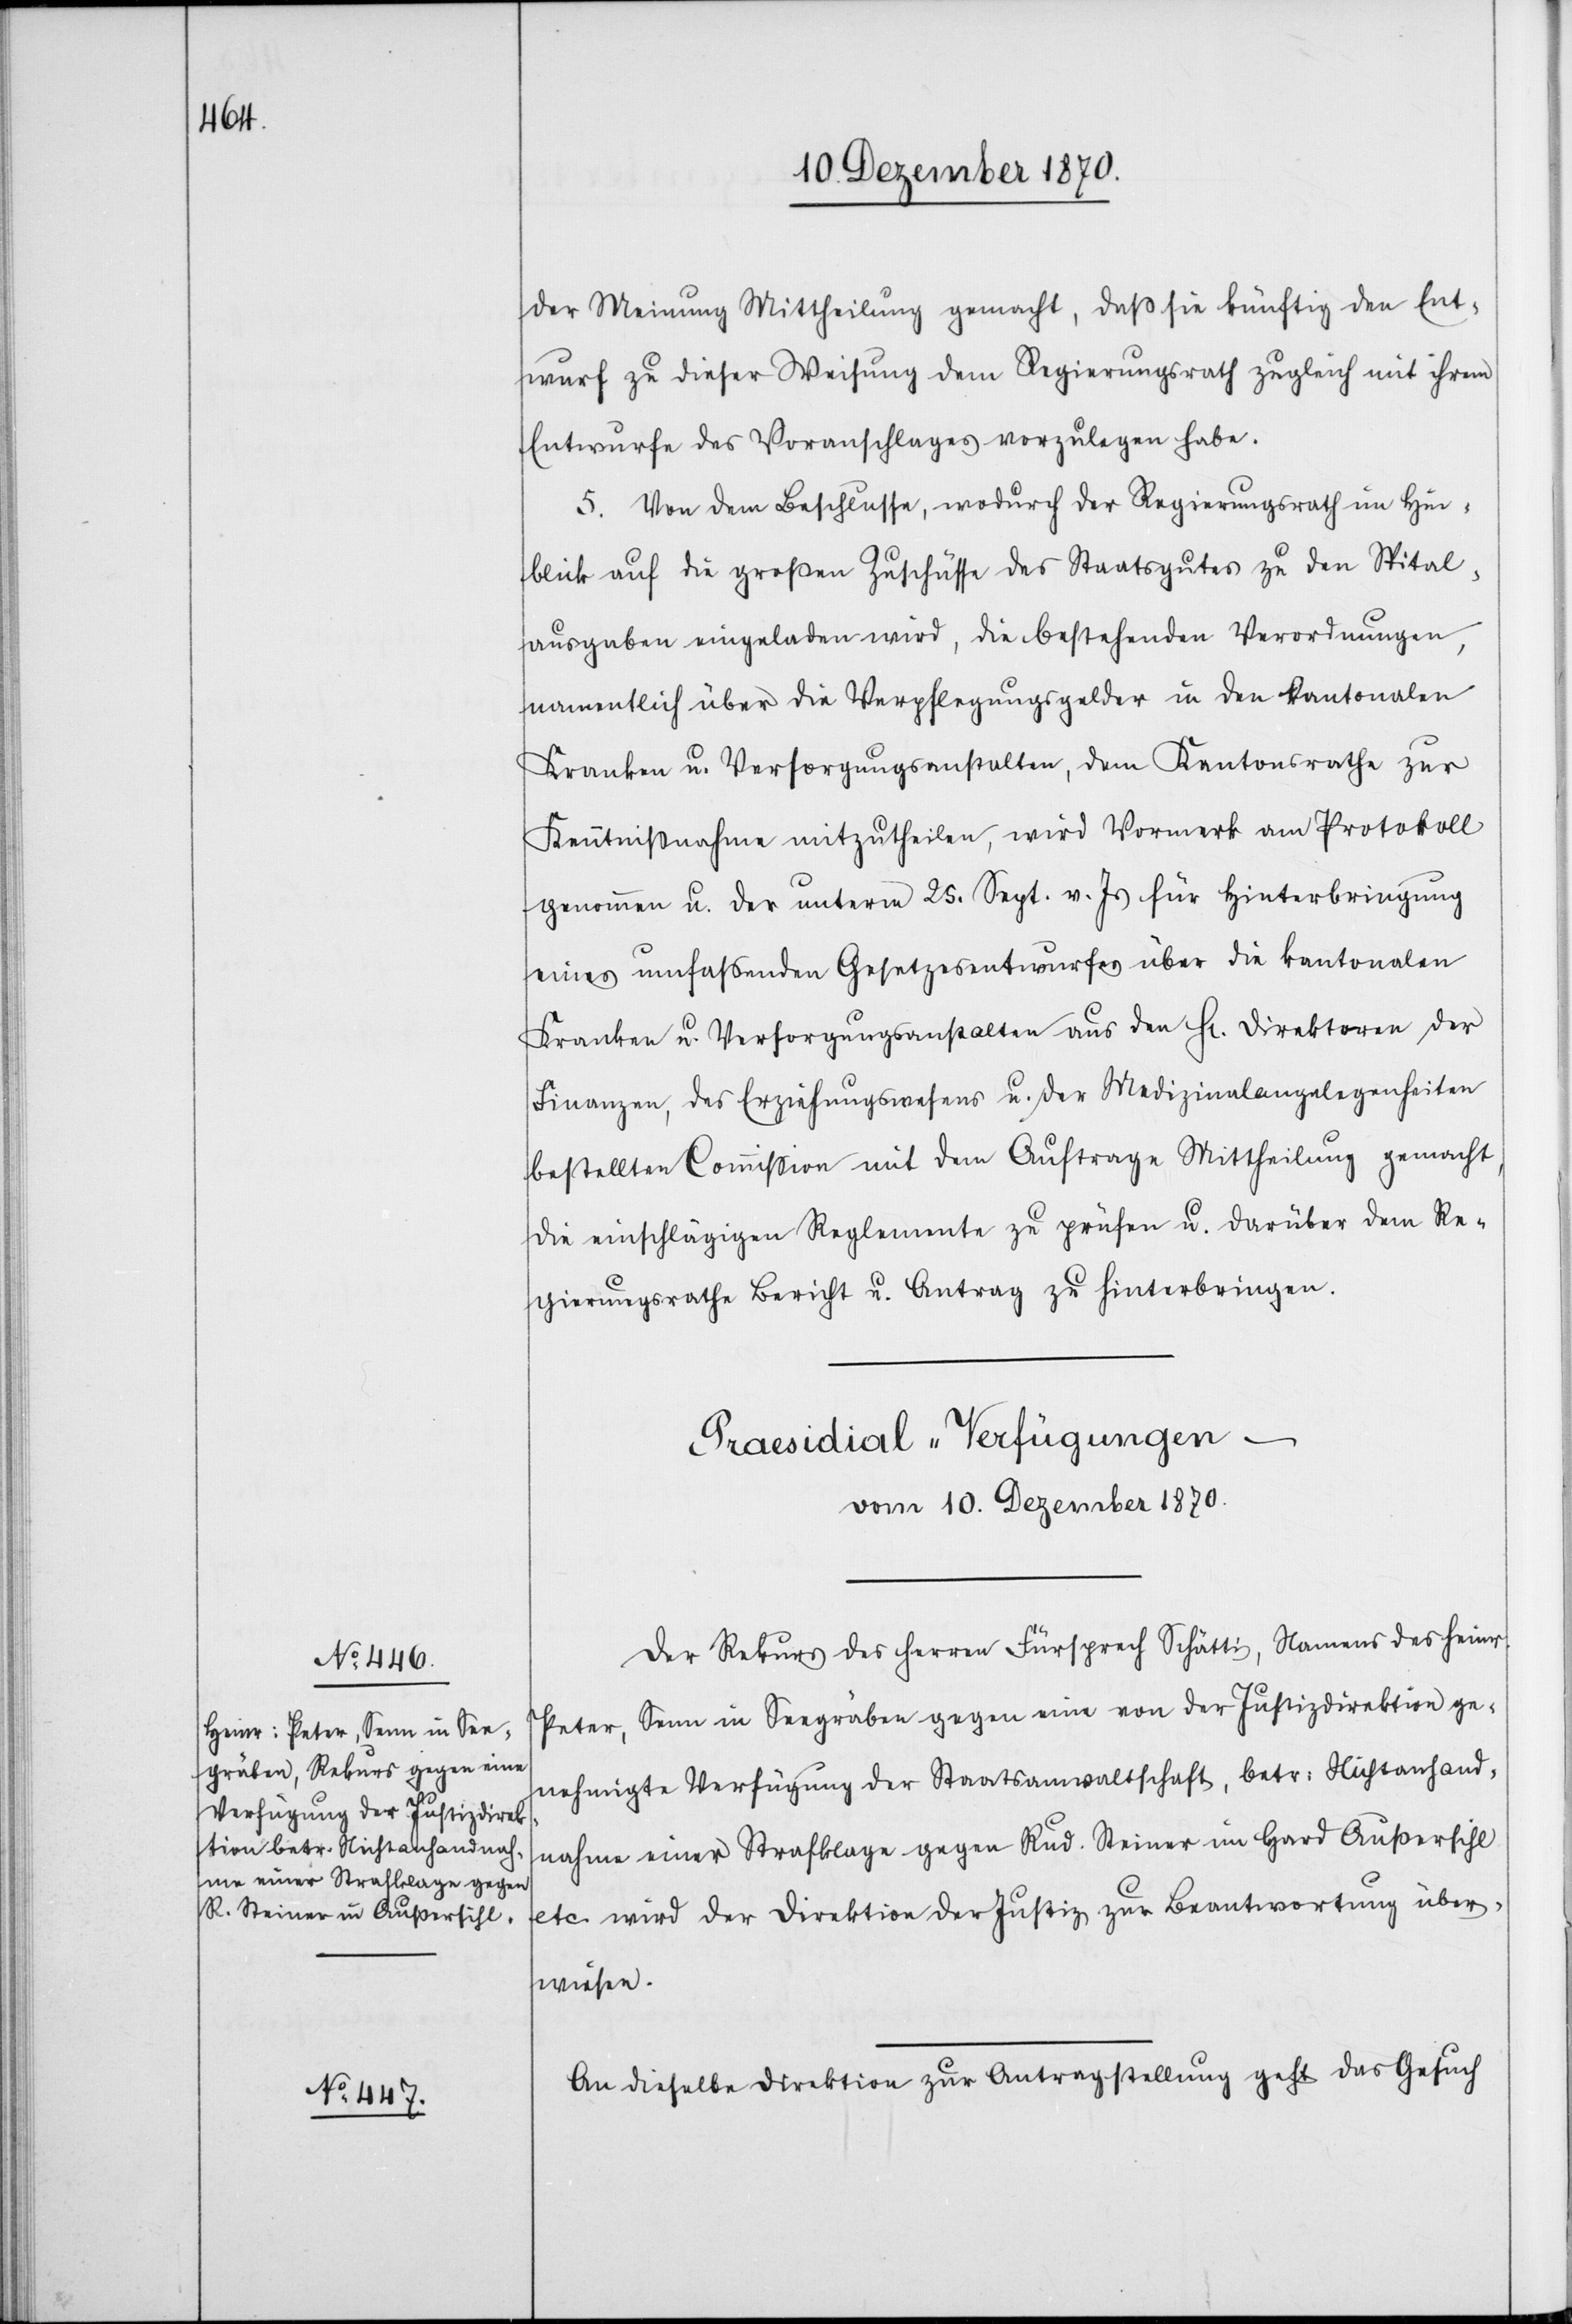
der Meinung Mittheilung gemacht, daß sie künftig den Ent¬
wurf zu dieser Weisung dem Regierungsrath zugleich mit ihrem
Entwurfe des Voranschlages vorzulegen habe.
5. Von dem Beschlusse, wodurch der Regierungsrath im Hin¬
blick auf die großen Zuschüsse des Staatsgutes zu den Spital¬
ausgaben eingeladen wird, die bestehenden Verordnungen,
namentlich über die Verpflegungsgelder in den kantonalen
Kranken[-] u. Versorgungsanstalten, dem Kantonsrathe zur
Kenntnißnahme mitzutheilen, wird Vormerk am Protokoll
genommen u. der unterm 25. Sept. v. Js für Hinterbringung
eines umfassenden Gesetzesentwurfes über die kantonalen
Kranken[-] u. Versorgungsanstalten aus den H[erren] Direktoren der
Finanzen, des Erziehungswesens u. den Medizinalangelegenheiten
bestellten Commißion mit dem Auftrage Mittheilung gemacht,
die einschlägigen Reglemente zu prüfen u. darüber dem Re¬
gierungsrathe Bericht u. Antrag zu hinterbringen.
[Praesidial-Verfügungen
vom 10. Dezember 1870.]
Der Rekurs des Herren Fürsprech Schätti, Namens des Heinr.
Peter, Senn in Seegräben gegen eine von der Justizdirektion ge¬
nehmigte Verfügung der Staatsanwaltschaft, betr. Nichtanhand¬
nahme einer Strafklage gegen Rud. Steiner im Hard Außersihl
etc. wird der Direktion der Justiz zur Beantwortung über¬
wiesen.
An dieselbe Direktion zur Antragstellung geht das Gesuch